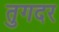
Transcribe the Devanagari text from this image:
तुगदर